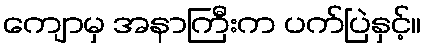
ကျောမှ အနာကြီးက ပက်ပြဲနှင့်။